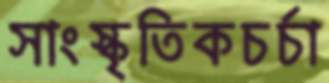
সাংস্কৃতিকচর্চা